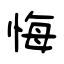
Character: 悔